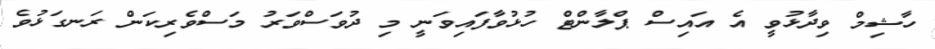
ހާޝިމް ވިދާޅުވީ އެ އައިސް ޕްލާންޓް ހުޅުވާފައިވަނީ މި ދުވަސްވަރު މަސްވެރިކަން ރަނގަޅުވެ